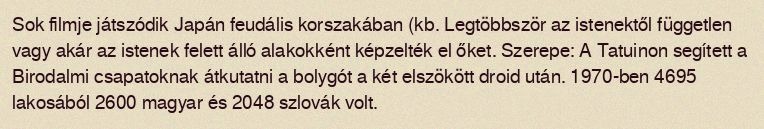
Sok filmje játszódik Japán feudális korszakában (kb. Legtöbbször az istenektől független vagy akár az istenek felett álló alakokként képzelték el őket. Szerepe: A Tatuinon segített a Birodalmi csapatoknak átkutatni a bolygót a két elszökött droid után. 1970-ben 4695 lakosából 2600 magyar és 2048 szlovák volt.